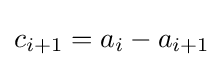
c_{i+1}=a_{i}-a_{i+1}